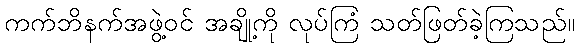
ကက်ဘိနက်အဖွဲ့ဝင် အချို့ကို လုပ်ကြံ သတ်ဖြတ်ခဲ့ကြသည်။